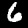
Digit: 6